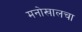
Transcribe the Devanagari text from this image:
मनोखालचा